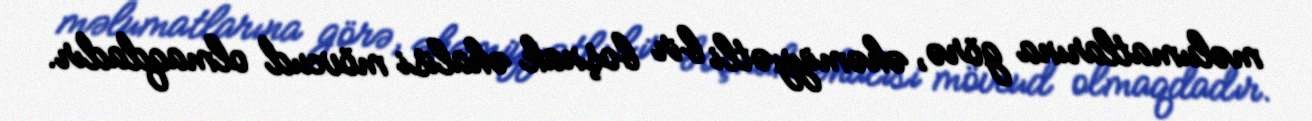
məlumatlarına görə, əhəmiyyətli bir boşnak əhalisi mövcud olmaqdadır.